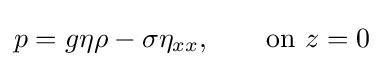
p=g\eta \rho -\sigma \eta _{xx},\qquad {\text{on }}z=0